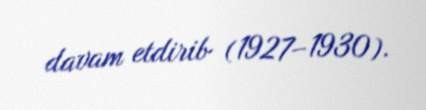
davam etdirib (1927–1930).